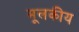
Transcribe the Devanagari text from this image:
मूलकीय